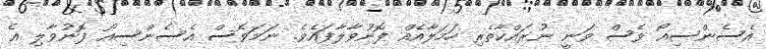
އެސެންސިއޯ ވެސް ވަނީ ނުރައްކާތެރި ހަމަލާއެއް ފޮނުވާލާފައެވެ. ނަމަވެސް އެސެންސިއޯ ފޮނުވާލި އެ